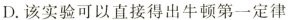
D.该实验可以直接得出牛顿第一定律